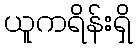
ယူကရိန်းရှိ